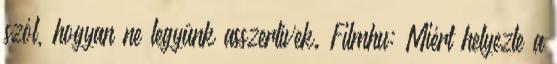
szól, hogyan ne legyünk asszertívek. Filmhu: Miért helyezte a